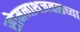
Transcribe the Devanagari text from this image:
सोमनाथजवळच्या